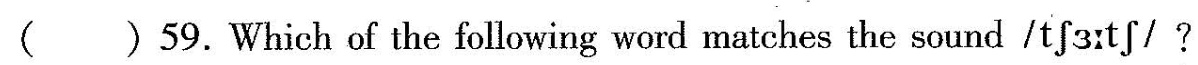
( ) 59.Which of the following word matches the sound /t \int 3 t \int / ?